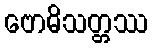
ဗောဓိသတ္တဿ